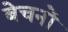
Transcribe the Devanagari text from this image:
बेचनों